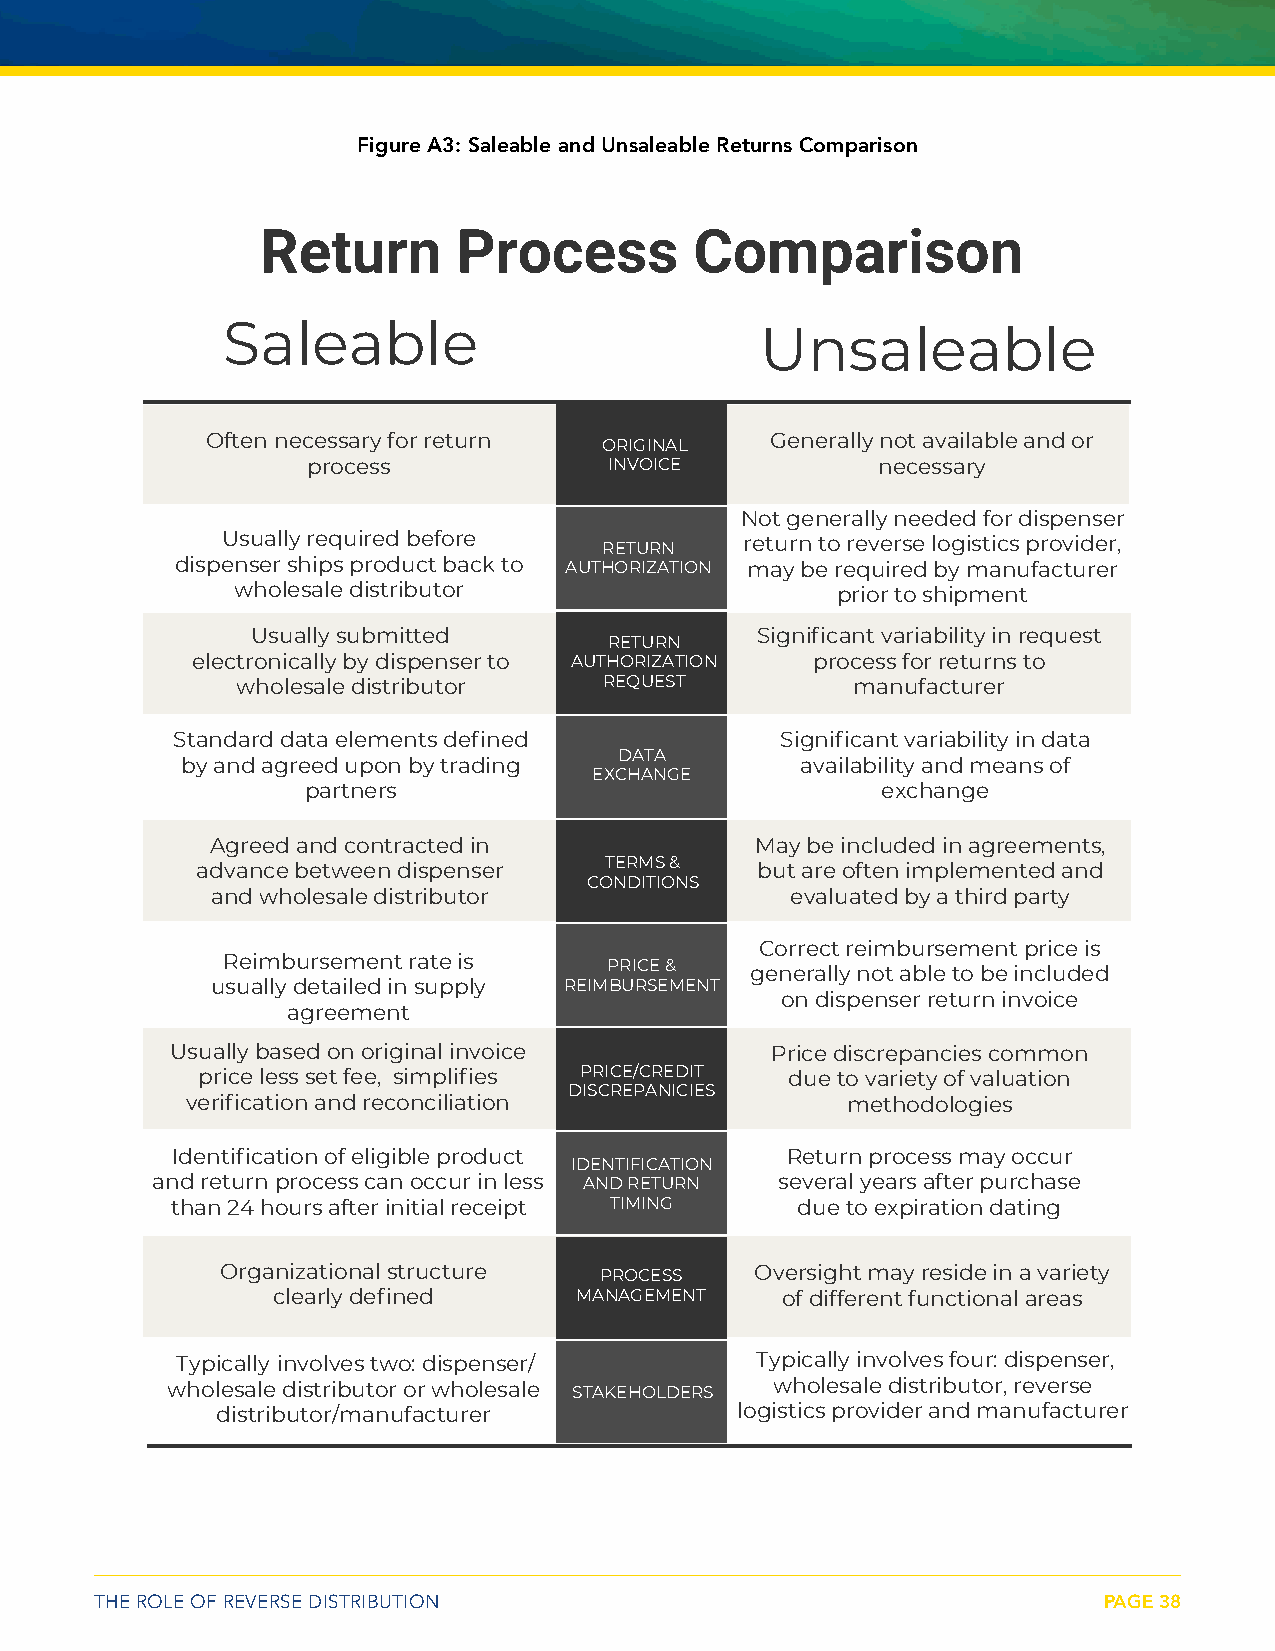
Figure A3: Saleable and Unsaleable Returns Comparison
 Return       Process         Comparison
 Saleable                           Unsaleable
 Often necessary for return           Generally not available and or
 ORIGINAL
 process             INVOICE           necessary
 Not generally needed for dispenser
 Usually required before           return to reverse logistics provider,
 RETURN
 dispenser ships product back to AUTHORIZATION may be required by manufacturer
 wholesale distributor                  prior to shipment
 Usually submitted                Significant variability in request
 RETURN
 electronically by dispenser to AUTHORIZATION process for returns to
 wholesale distributor   REQUEST         manufacturer
 Standard data elements defined           Significant variability in data
 DATA
 by and agreed upon by trading            availability and means of
 EXCHANGE
 partners                              exchange
 Agreed and contracted in            May be included in agreements,
 advance between dispenser  TERMS &   but are often implemented and
 CONDITIONS
 and wholesale distributor             evaluated by a third party
 Correct reimbursement price is
 Reimbursement rate is
 PRICE &   generally not able to be included
 usually detailed in supply REIMBURSEMENT
 on dispenser return invoice
 agreement
 Usually based on original invoice       Price discrepancies common
 price less set fee, simplifies PRICE/CREDIT due to variety of valuation
 DISCREPANICIES
 verification and reconciliation             methodologies
 Identification of eligible product       Return process may occur
 IDENTIFICATION
 and return process can occur in less AND RETURN several years after purchase
 than 24 hours after initial receipt TIMING due to expiration dating
 Organizational structure PROCESS   Oversight may reside in a variety
 clearly defined     MANAGEMENT    of different functional areas
 Typically involves two: dispenser/    Typically involves four: dispenser,
 wholesale distributor or wholesale STAKEHOLDERS wholesale distributor, reverse
 distributor/manufacturer           logistics provider and manufacturer
 THE ROLE OF REVERSE DISTRIBUTION                                   PAGE 38